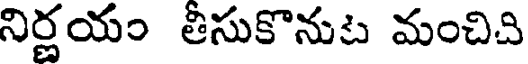
నిర్ణయం తీసుకొనుట మంచిచి